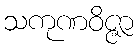
သကုဏဝိဇ္ဇာ